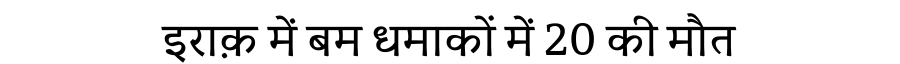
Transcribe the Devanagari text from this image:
इराक़ में बम धमाकों में 20 की मौत